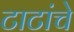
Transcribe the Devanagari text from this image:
टाटांचे